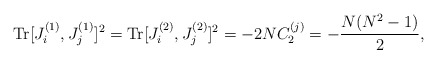
\begin{align*}{\rm Tr}[J^{(1)}_{i},J^{(1)}_{j}]^{2}={\rm Tr}[J^{(2)}_{i},J^{(2)}_{j}]^{2}=-2NC_{2}^{(j)}=-\frac{N(N^{2}-1)}{2},\end{align*}